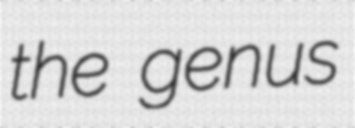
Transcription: the genus